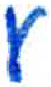
אות: ע